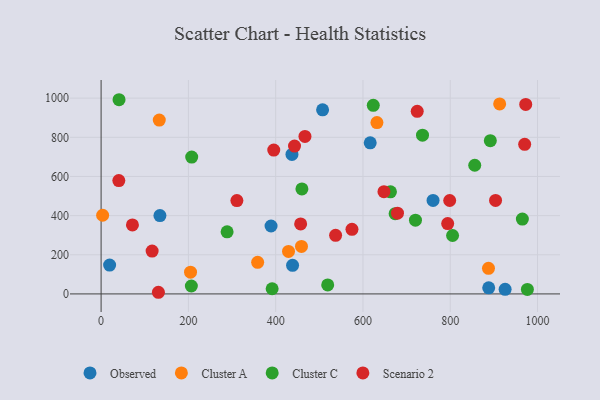
{"axis": {"x": "Distance", "y": "Rating"}, "legend": ["Cluster A", "Cluster C", "Observed", "Scenario 2"], "data": [{"x": "888.1", "y": 31.3, "type": "Observed"}, {"x": "925.7", "y": 23.7, "type": "Observed"}, {"x": "19.5", "y": 147.4, "type": "Observed"}, {"x": "616.6", "y": 771.5, "type": "Observed"}, {"x": "134.8", "y": 400.2, "type": "Observed"}, {"x": "389.4", "y": 347.0, "type": "Observed"}, {"x": "437.3", "y": 712.4, "type": "Observed"}, {"x": "760.6", "y": 477.6, "type": "Observed"}, {"x": "438.7", "y": 146.1, "type": "Observed"}, {"x": "507.5", "y": 940.1, "type": "Observed"}, {"x": "3.5", "y": 401.9, "type": "Cluster A"}, {"x": "632.0", "y": 875.2, "type": "Cluster A"}, {"x": "429.4", "y": 216.8, "type": "Cluster A"}, {"x": "459.1", "y": 242.8, "type": "Cluster A"}, {"x": "358.7", "y": 161.6, "type": "Cluster A"}, {"x": "913.2", "y": 970.7, "type": "Cluster A"}, {"x": "133.3", "y": 887.9, "type": "Cluster A"}, {"x": "887.6", "y": 130.8, "type": "Cluster A"}, {"x": "204.9", "y": 111.1, "type": "Cluster A"}, {"x": "623.6", "y": 963.5, "type": "Cluster C"}, {"x": "720.3", "y": 376.5, "type": "Cluster C"}, {"x": "41.1", "y": 991.9, "type": "Cluster C"}, {"x": "206.8", "y": 40.5, "type": "Cluster C"}, {"x": "736.4", "y": 810.7, "type": "Cluster C"}, {"x": "856.1", "y": 657.1, "type": "Cluster C"}, {"x": "673.7", "y": 410.0, "type": "Cluster C"}, {"x": "965.2", "y": 382.5, "type": "Cluster C"}, {"x": "976.7", "y": 23.1, "type": "Cluster C"}, {"x": "805.3", "y": 298.5, "type": "Cluster C"}, {"x": "207.6", "y": 698.9, "type": "Cluster C"}, {"x": "891.8", "y": 782.7, "type": "Cluster C"}, {"x": "519.2", "y": 45.8, "type": "Cluster C"}, {"x": "663.0", "y": 521.7, "type": "Cluster C"}, {"x": "460.1", "y": 536.3, "type": "Cluster C"}, {"x": "391.9", "y": 26.5, "type": "Cluster C"}, {"x": "288.7", "y": 317.2, "type": "Cluster C"}, {"x": "457.2", "y": 357.6, "type": "Scenario 2"}, {"x": "40.6", "y": 579.1, "type": "Scenario 2"}, {"x": "794.1", "y": 359.1, "type": "Scenario 2"}, {"x": "903.8", "y": 477.7, "type": "Scenario 2"}, {"x": "395.6", "y": 734.7, "type": "Scenario 2"}, {"x": "116.9", "y": 218.6, "type": "Scenario 2"}, {"x": "970.5", "y": 764.0, "type": "Scenario 2"}, {"x": "574.8", "y": 330.0, "type": "Scenario 2"}, {"x": "71.8", "y": 352.3, "type": "Scenario 2"}, {"x": "131.3", "y": 8.4, "type": "Scenario 2"}, {"x": "311.1", "y": 477.0, "type": "Scenario 2"}, {"x": "537.3", "y": 299.4, "type": "Scenario 2"}, {"x": "467.1", "y": 804.2, "type": "Scenario 2"}, {"x": "798.7", "y": 477.1, "type": "Scenario 2"}, {"x": "724.3", "y": 932.4, "type": "Scenario 2"}, {"x": "443.2", "y": 754.9, "type": "Scenario 2"}, {"x": "648.1", "y": 522.0, "type": "Scenario 2"}, {"x": "679.1", "y": 412.6, "type": "Scenario 2"}, {"x": "972.9", "y": 968.0, "type": "Scenario 2"}]}